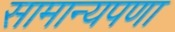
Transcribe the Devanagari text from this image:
सामान्यपणा